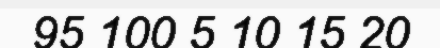
95 100 5 10 15 20